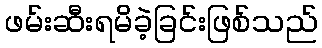
ဖမ်းဆီးရမိခဲ့ခြင်းဖြစ်သည်